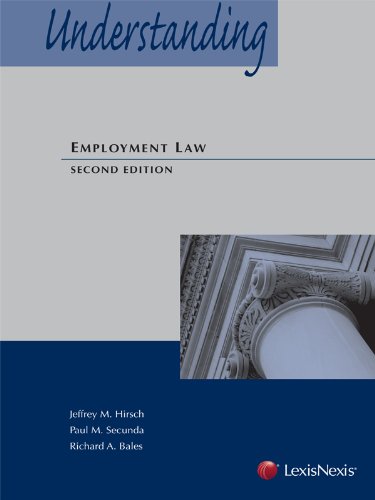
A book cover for Understanding Employment Law (2013); Jeffrey M. Hirsch; Law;